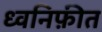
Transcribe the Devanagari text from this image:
ध्वनिफ़ीत